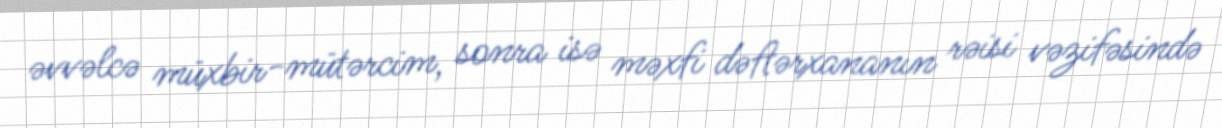
əvvəlcə müxbir-mütərcim, sonra isə məxfi dəftərxananın rəisi vəzifəsində